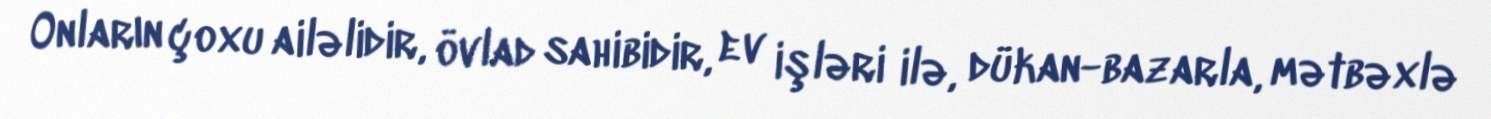
Onların çoxu ailəlidir, övlad sahibidir, ev işləri ilə, dükan-bazarla, mətbəxlə